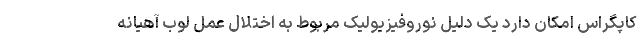
کاپگراس امکان دارد یک دلیل نوروفیزیولیک مربوط به اختلال عمل لوب آهیانه